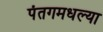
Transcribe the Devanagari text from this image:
पंतगमधल्या